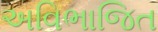
અવિભાજિત